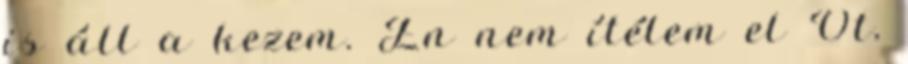
is áll a kezem. Én nem ítélem el Őt,